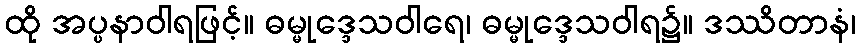
ထို အပ္ပနာဝါရဖြင့်။ ဓမ္မုဒ္ဒေသဝါရေ၊ ဓမ္မုဒ္ဒေသဝါရ၌။ ဒဿိတာနံ၊